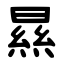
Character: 㬎